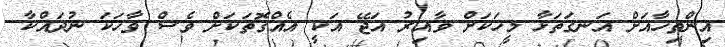
އިންތިހާއަށް އަނގަތަޅާ މީހަކަށް ވާއިރު އަޖޭ އަކީ އެއްގޮތަކަށް ވެސް ވާހަކަ ނުދައްކާ